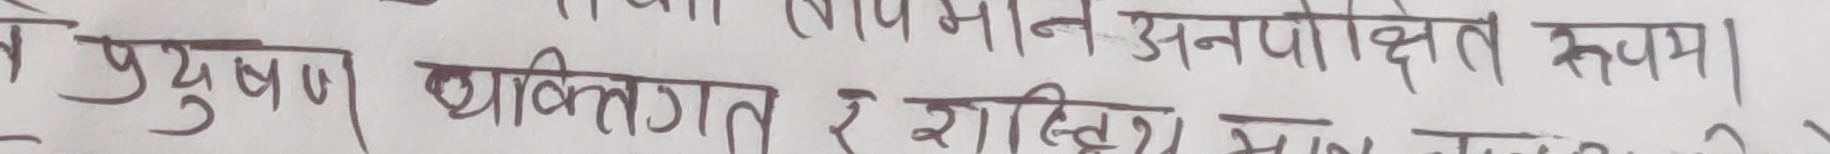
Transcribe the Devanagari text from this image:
तापमान अनपेक्षित रूपमा।
प्रयुषण व्यक्तिगत र राष्ट्री भान जुरा हो।